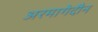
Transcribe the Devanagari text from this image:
अरमागेदौन